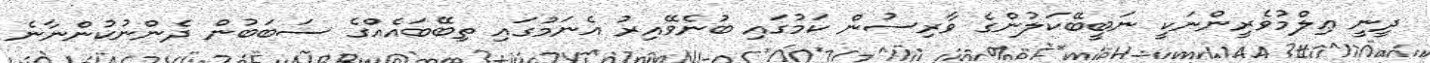
ދީނީ ޢިލްމުވެރީންނަކީ ނަބީބޭކަލުންގެ ވާރިސުން ކަމުގައި ބުނެވޭއިރު އެނަމުގައި ތިބޭބައެއްގެ ސަބަބުން ދެންނުކުންނާނެ